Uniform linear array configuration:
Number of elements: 16
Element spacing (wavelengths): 0.25
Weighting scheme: kaiser
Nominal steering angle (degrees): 30
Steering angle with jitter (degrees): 28.262
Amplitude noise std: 0.05
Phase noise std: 0.05

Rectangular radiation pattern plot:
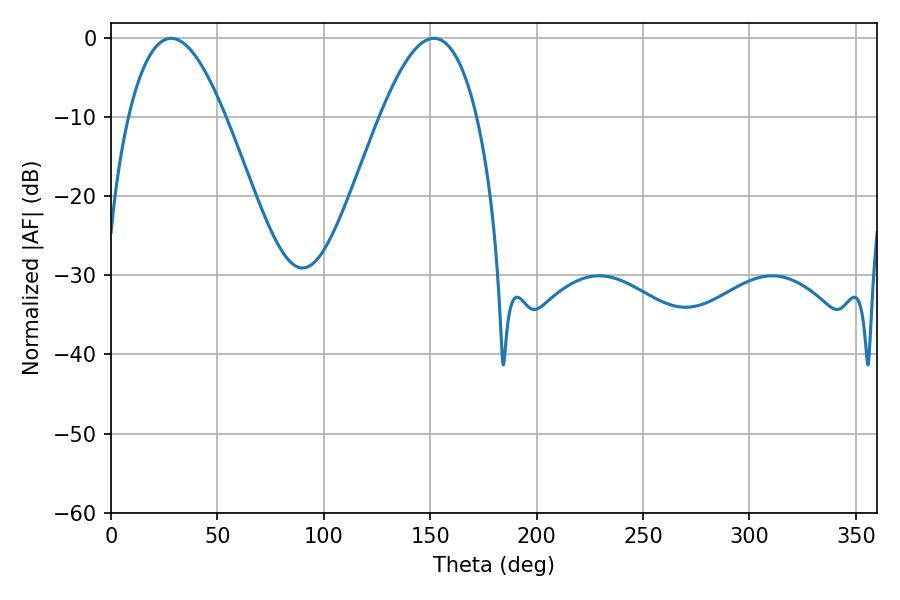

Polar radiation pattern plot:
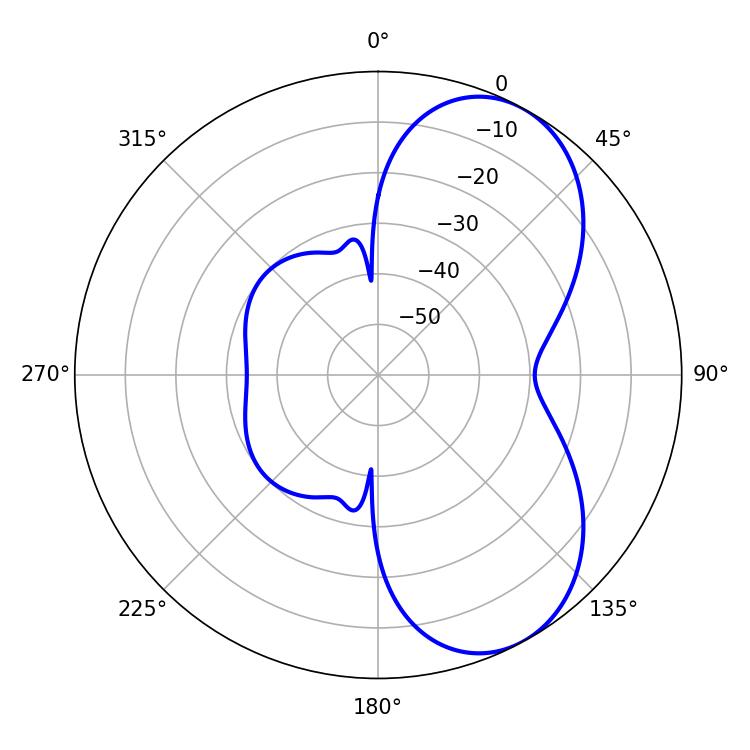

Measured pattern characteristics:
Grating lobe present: FALSE
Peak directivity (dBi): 6.374
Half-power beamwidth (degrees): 24.84
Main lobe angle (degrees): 28.26